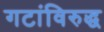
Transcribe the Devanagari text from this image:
गटांविरुद्ध